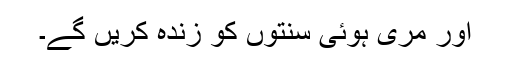
اور مری ہوئی سنتوں کو زندہ کریں گے۔